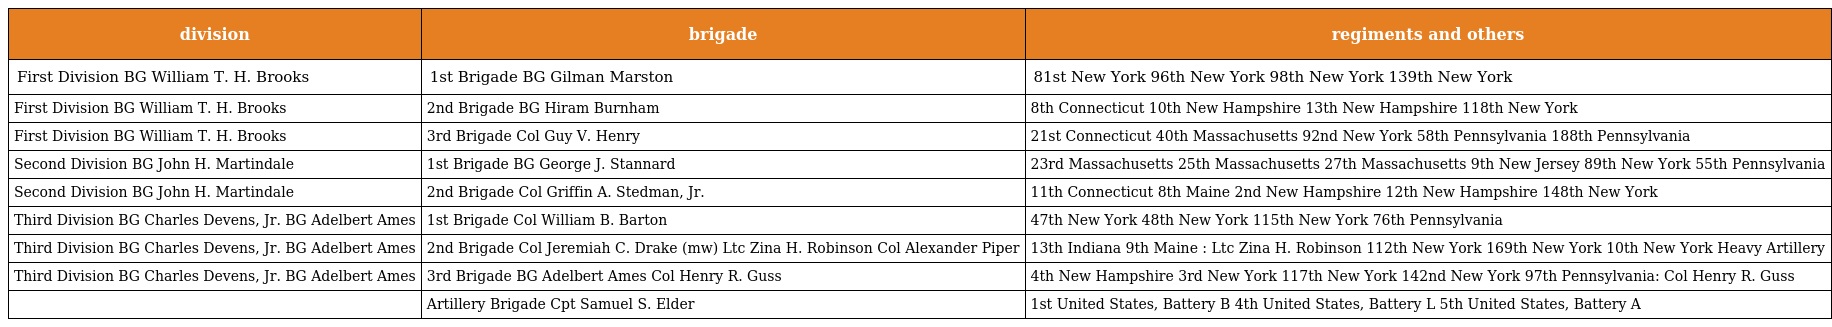
| division | brigade | regiments and others |
 | --- | --- | --- |
 | First Division BG William T. H. Brooks | 1st Brigade BG Gilman Marston | 81st New York 96th New York 98th New York 139th New York |
 | First Division BG William T. H. Brooks | 2nd Brigade BG Hiram Burnham | 8th Connecticut 10th New Hampshire 13th New Hampshire 118th New York |
 | First Division BG William T. H. Brooks | 3rd Brigade Col Guy V. Henry | 21st Connecticut 40th Massachusetts 92nd New York 58th Pennsylvania 188th Pennsylvania |
 | Second Division BG John H. Martindale | 1st Brigade BG George J. Stannard | 23rd Massachusetts 25th Massachusetts 27th Massachusetts 9th New Jersey 89th New York 55th Pennsylvania |
 | Second Division BG John H. Martindale | 2nd Brigade Col Griffin A. Stedman, Jr. | 11th Connecticut 8th Maine 2nd New Hampshire 12th New Hampshire 148th New York |
 | Third Division BG Charles Devens, Jr. BG Adelbert Ames | 1st Brigade Col William B. Barton | 47th New York 48th New York 115th New York 76th Pennsylvania |
 | Third Division BG Charles Devens, Jr. BG Adelbert Ames | 2nd Brigade Col Jeremiah C. Drake (mw) Ltc Zina H. Robinson Col Alexander Piper | 13th Indiana 9th Maine : Ltc Zina H. Robinson 112th New York 169th New York 10th New York Heavy Artillery |
 | Third Division BG Charles Devens, Jr. BG Adelbert Ames | 3rd Brigade BG Adelbert Ames Col Henry R. Guss | 4th New Hampshire 3rd New York 117th New York 142nd New York 97th Pennsylvania: Col Henry R. Guss |
 |  | Artillery Brigade Cpt Samuel S. Elder | 1st United States, Battery B 4th United States, Battery L 5th United States, Battery A |